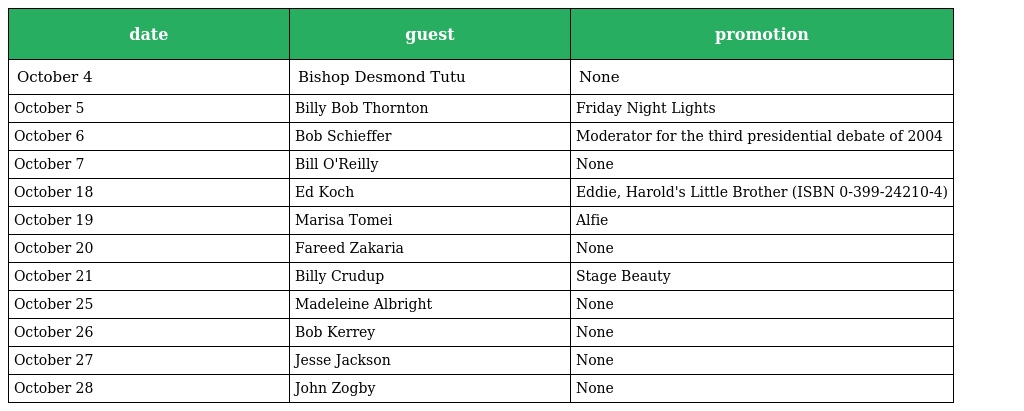
| date | guest | promotion |
 | --- | --- | --- |
 | October 4 | Bishop Desmond Tutu | None |
 | October 5 | Billy Bob Thornton | Friday Night Lights |
 | October 6 | Bob Schieffer | Moderator for the third presidential debate of 2004 |
 | October 7 | Bill O'Reilly | None |
 | October 18 | Ed Koch | Eddie, Harold's Little Brother (ISBN 0-399-24210-4) |
 | October 19 | Marisa Tomei | Alfie |
 | October 20 | Fareed Zakaria | None |
 | October 21 | Billy Crudup | Stage Beauty |
 | October 25 | Madeleine Albright | None |
 | October 26 | Bob Kerrey | None |
 | October 27 | Jesse Jackson | None |
 | October 28 | John Zogby | None |